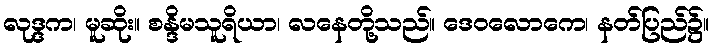
လုဒ္ဒက၊ မူဆိုး။ စန္ဒိမသူရိယာ၊ လနေတို့သည်။ ဒေဝလောကေ၊ နတ်ပြည်၌။